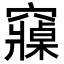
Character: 𮄡